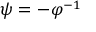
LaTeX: \psi = - \varphi ^ { - 1 }